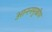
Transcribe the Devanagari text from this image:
आननमुखीय